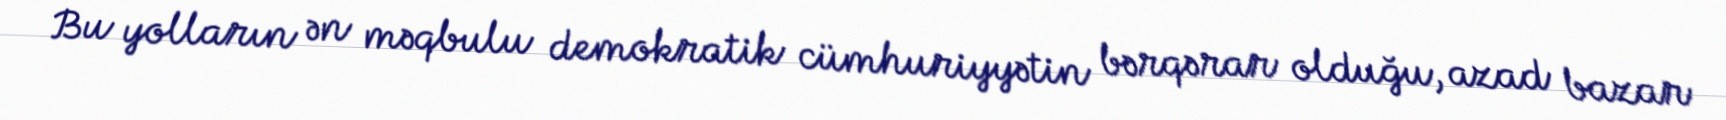
Bu yolların ən məqbulu demokratik cümhuriyyətin bərqərar olduğu, azad bazar